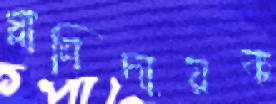
গ্লানিদায়ক